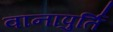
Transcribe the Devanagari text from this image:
वानापुर्ति